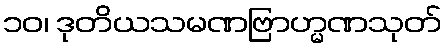
၁၀၊ ဒုတိယသမဏဗြာဟ္မဏသုတ်